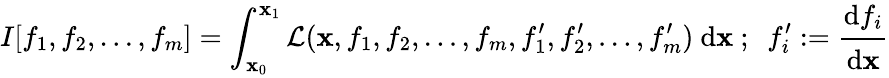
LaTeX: I[f_{1},f_{2},\dots,f_{m}]=\int_{\mathbf{x}_{0}}^{\mathbf{x}_{1}}{\mathcal{{L}}}(\mathbf{x},f_{1},f_{2},\dots,f_{m},f_{1}^{\prime},f_{2}^{\prime},\dots,f_{m}^{\prime})~\mathrm{{d}}\mathbf{x}~;~~f_{i}^{\prime}:={\cfrac{\mathrm{{d}}f_{i}}{\mathrm{{d}}\mathbf{x}}}